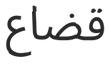
قضاع